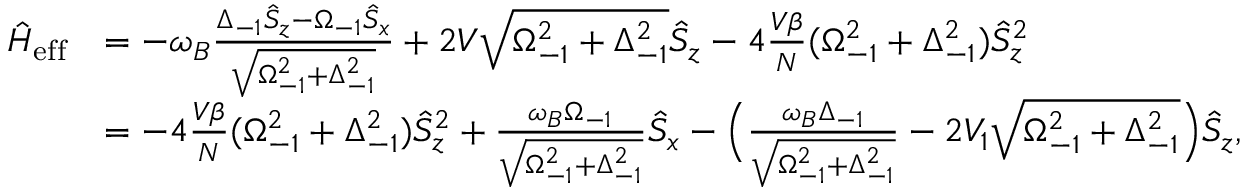
\begin{array} { r l } { \hat { H } _ { \mathrm { e f f } } } & { = - \omega _ { B } \frac { \Delta _ { - 1 } \hat { S } _ { z } - \Omega _ { - 1 } \hat { S } _ { x } } { \sqrt { \Omega _ { - 1 } ^ { 2 } + \Delta _ { - 1 } ^ { 2 } } } + 2 V \sqrt { \Omega _ { - 1 } ^ { 2 } + \Delta _ { - 1 } ^ { 2 } } \hat { S } _ { z } - 4 \frac { V \beta } { N } ( \Omega _ { - 1 } ^ { 2 } + \Delta _ { - 1 } ^ { 2 } ) \hat { S } _ { z } ^ { 2 } } \\ & { = - 4 \frac { V \beta } { N } ( \Omega _ { - 1 } ^ { 2 } + \Delta _ { - 1 } ^ { 2 } ) \hat { S } _ { z } ^ { 2 } + \frac { \omega _ { B } \Omega _ { - 1 } } { \sqrt { \Omega _ { - 1 } ^ { 2 } + \Delta _ { - 1 } ^ { 2 } } } \hat { S } _ { x } - \Big ( \frac { \omega _ { B } \Delta _ { - 1 } } { \sqrt { \Omega _ { - 1 } ^ { 2 } + \Delta _ { - 1 } ^ { 2 } } } - 2 V _ { 1 } \sqrt { \Omega _ { - 1 } ^ { 2 } + \Delta _ { - 1 } ^ { 2 } } \Big ) \hat { S } _ { z } , } \end{array}